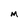
Character: M